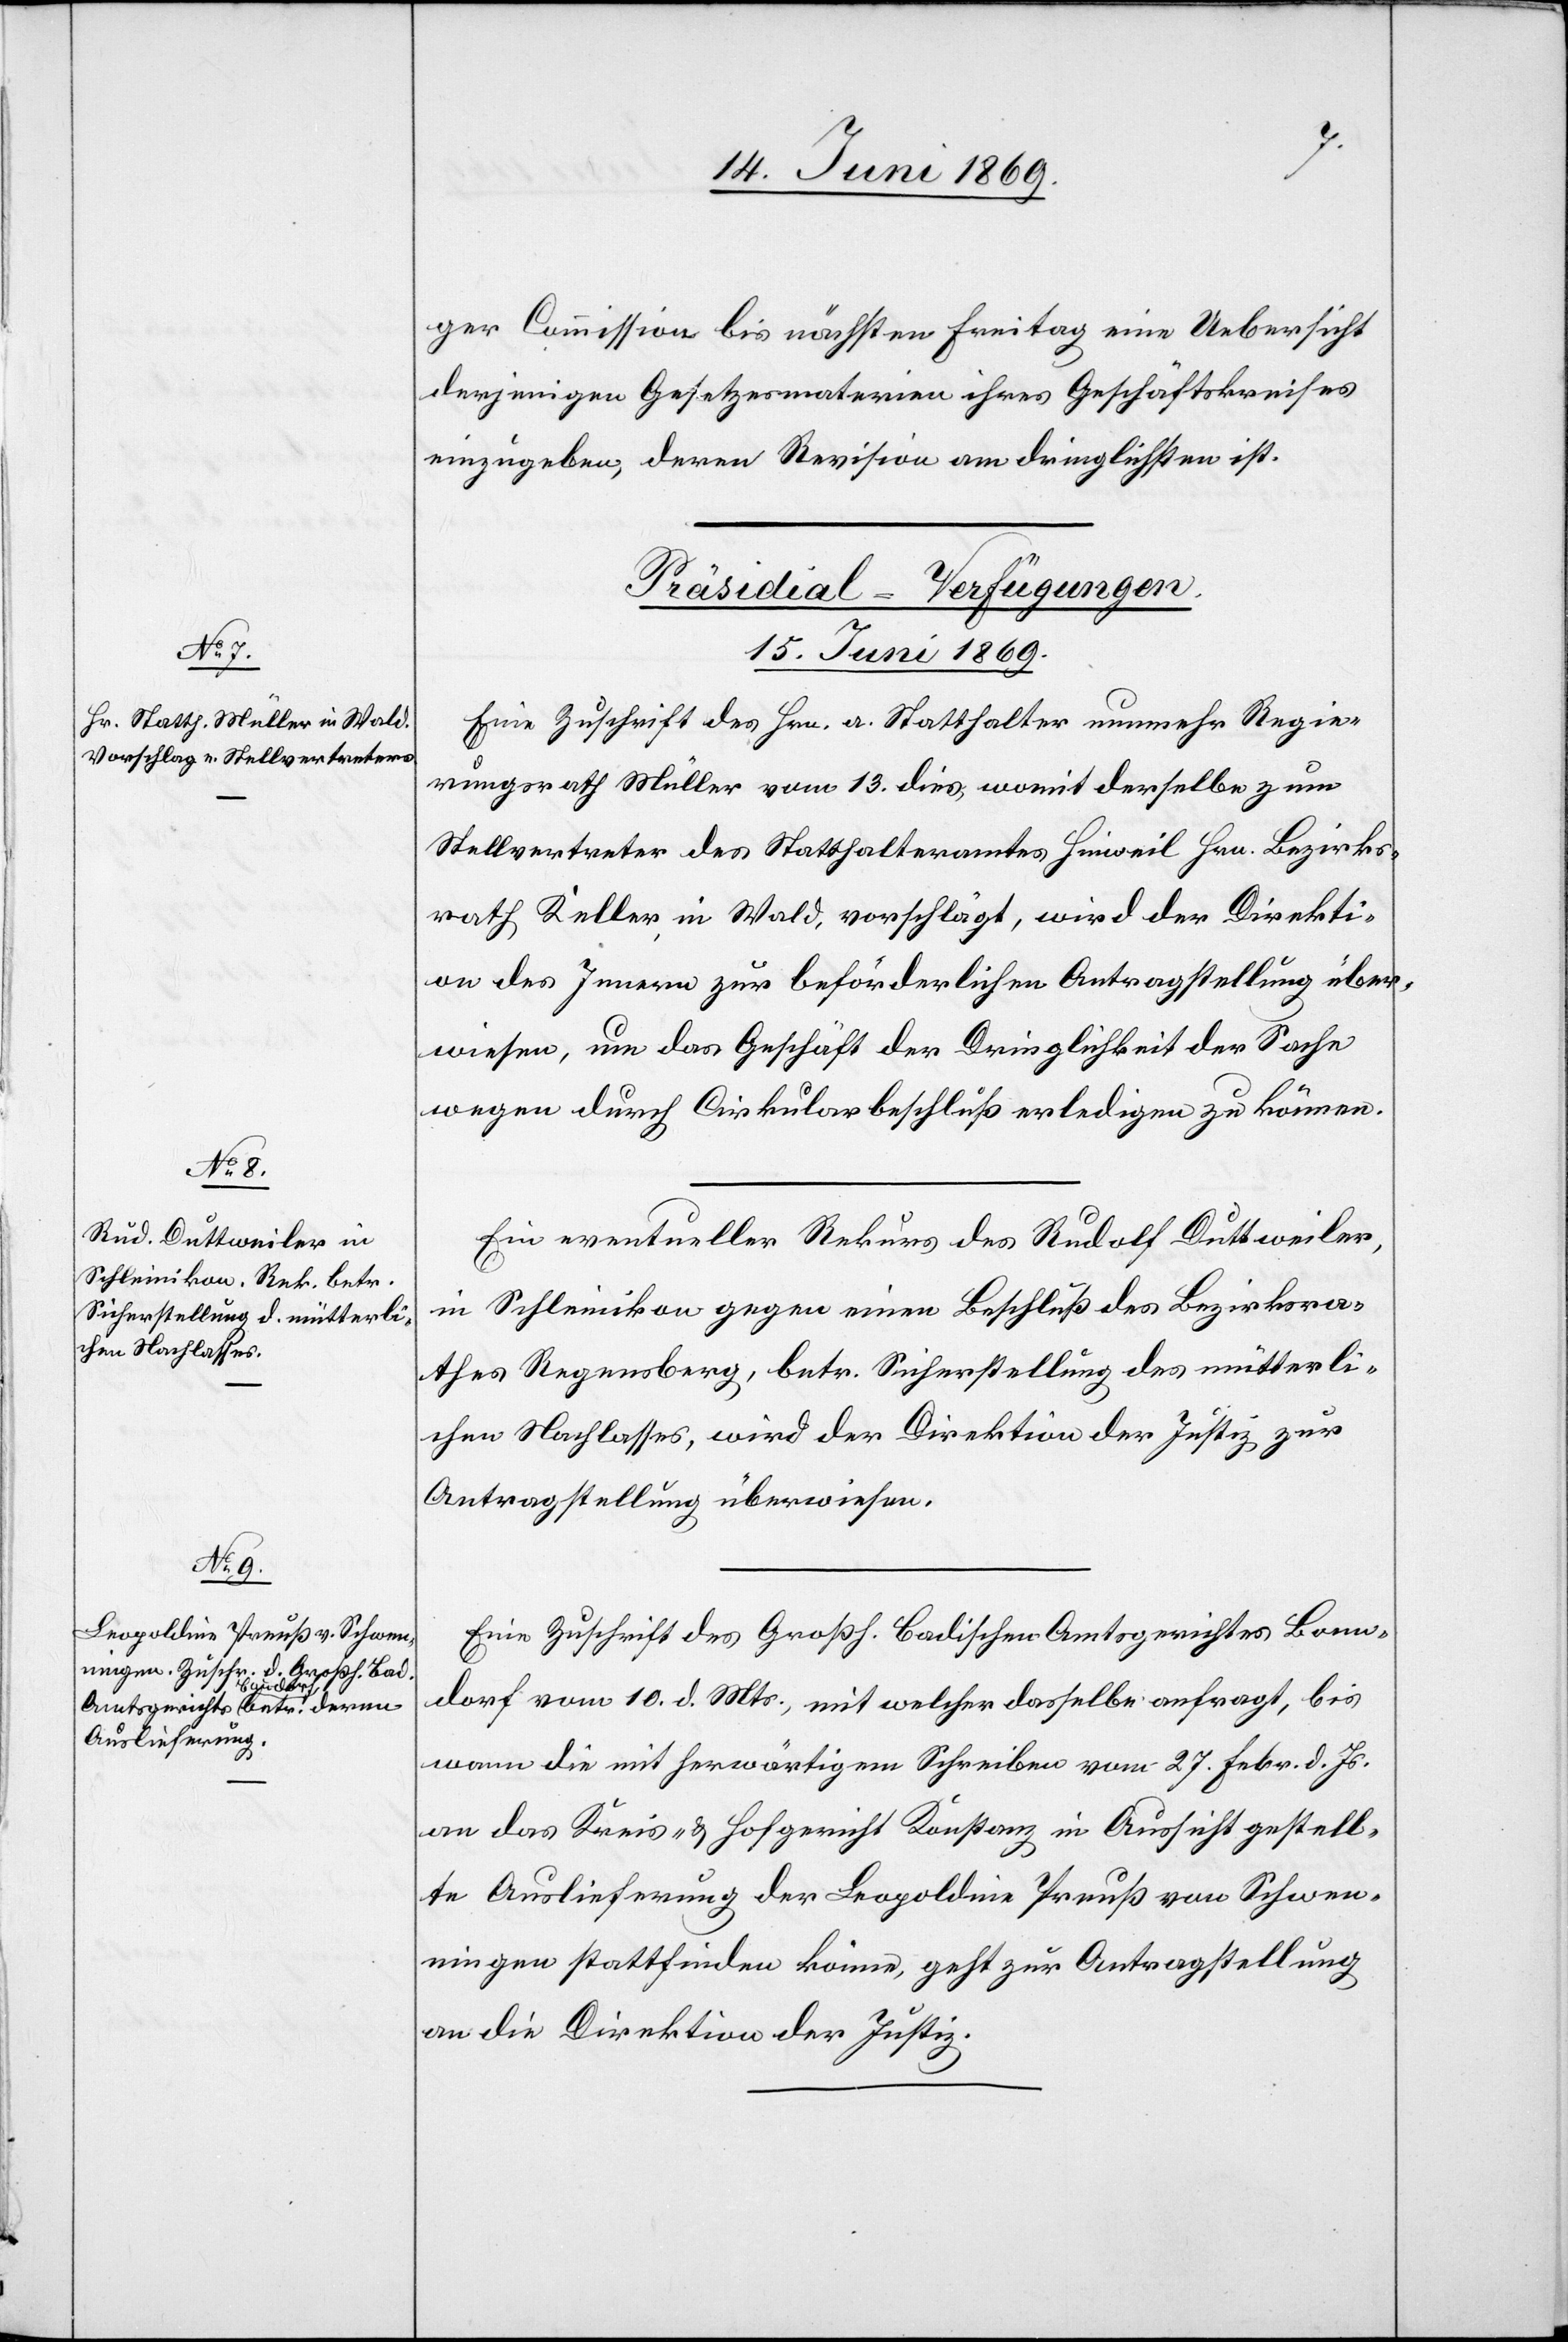
ger Commission bis nächsten Freitag eine Uebersicht
derjenigen Gesetzesmaterien ihres Geschäftskreises
einzugeben, deren Revision am dringlichsten ist.
[Präsidial-Verfügungen.
15. Juni 1869.]
Eine Zuschrift des Hrn. a. Statthalter nunmehr Regie¬
rungsrath Müller vom 13. dies, womit derselbe zum
Stellvertreter des Statthalteramtes Hinweil Hrn. Bezirks¬
rath Keller, in Wald, vorschlägt, wird der Direkti¬
on des Innern zur beförderlichen Antragstellung über¬
wiesen, um das Geschäft der Dringlichkeit der Sache
wegen durch Cirkularbeschluß erledigen zu können.
Ein eventueller Rekurs des Rudolf Duttweiler,
in Schleinikon gegen einen Beschluß des Bezirksra¬
thes Regensberg, betr. Sicherstellung des mütterli¬
chen Nachlasses, wird der Direktion der Justiz, zur
Antragstellung überwiesen.
Eine Zuschrift des Großh. Badischen Amtsgerichtes Bonn¬
dorf vom 10. d. Mts., mit welchem dasselbe anfragt, bis
wann die mit herwärtigem Schreiben vom 27. Febr. d. Js.
an das Kreis- u. Hofgericht Konstanz in Aussicht gestell¬
te Auslieferung der Leopoldine Preuß von Schwen¬
ningen stattfinden könne, geht zur Antragstellung
an die Direktion der Justiz.